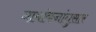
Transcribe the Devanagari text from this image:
नामांकनांनुसार